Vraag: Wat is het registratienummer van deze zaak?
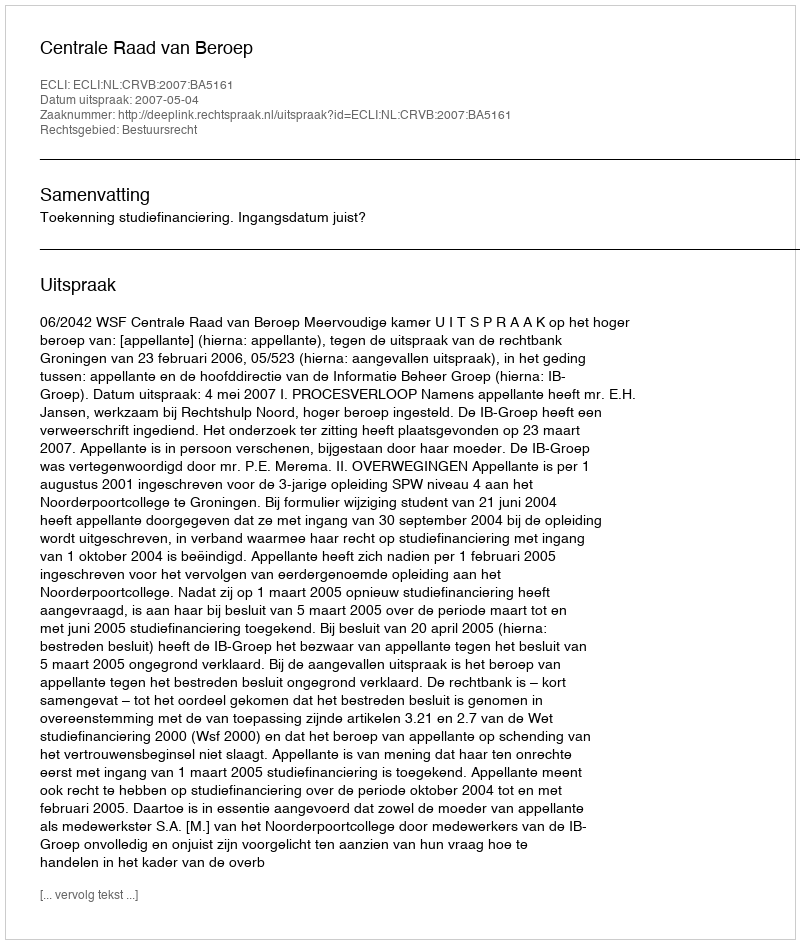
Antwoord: http://deeplink.rechtspraak.nl/uitspraak?id=ECLI:NL:CRVB:2007:BA5161